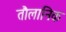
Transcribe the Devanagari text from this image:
तौलानिक